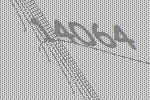
14064